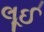
લૂઈ